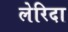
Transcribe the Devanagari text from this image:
लेरिदा